Document type: Recognition
Year: 1437
Scribe: Pere Ponçgem
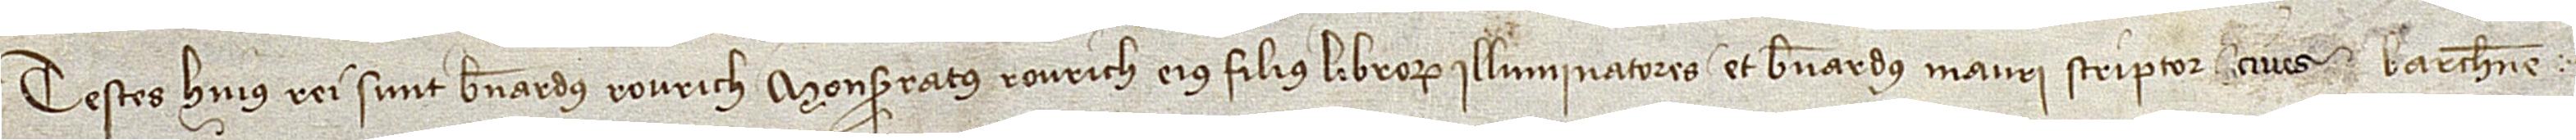
Testes huius rei sunt: Bernardus Rourich, Monserratus Rourich, eius filius, librorum illuminatores, et Bernardus Mauri, scriptor, cives Barchinone.